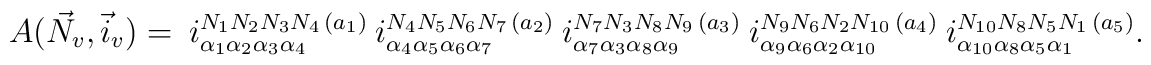
A(\vec N_{v},\vec i_{v}) = \ {i}^{ N_1 N_2 N_3 N_4\,(a_1)}_{\alpha_1\alpha_2\alpha_3\alpha_4} \ {i}^{ N_4 N_5 N_6 N_7\,(a_2)}_{\alpha_4\alpha_5\alpha_6\alpha_7} \ {i}^{ N_7 N_3 N_8 N_9\,(a_3)}_{\alpha_7\alpha_3\alpha_8\alpha_9} \ {i}^{ N_9 N_6 N_2 N_{10}\,(a_4)}_{\alpha_9\alpha_6\alpha_2\alpha_{10}} \ {i}^{N_{10} N_8 N_5 N_1\,(a_5)}_{\alpha_{10}\alpha_8\alpha_5\alpha_1}.